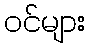
ဝင်များ